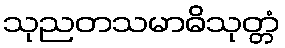
သုညတသမာဓိသုတ္တံ